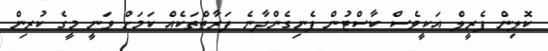
ކޮލިން ފެރީލް އަކީވެސް ކާސްޓުން ފެނިގެންދާނެ ފަރާތްތަކެއް ކަމަށް ވަނީ މީގެ ކުރިން